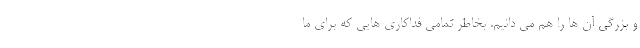
و بزرگی آن ها را هم می دانیم. بخاطر تمامی فداکاری هایی که برای ما